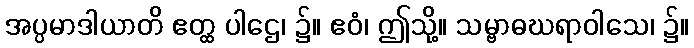
အပ္ပမာဒါယာတိ ဧတ္ထ ပါဌေ၊ ၌။ ဧဝံ၊ ဤသို့။ သမ္ဗာဓဃရာဝါသေ၊ ၌။